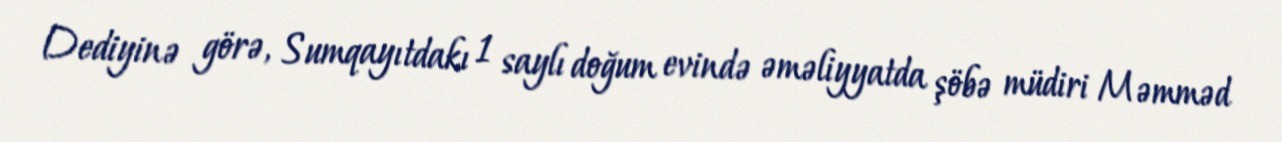
Dediyinə görə, Sumqayıtdakı 1 saylı doğum evində əməliyyatda şöbə müdiri Məmməd